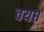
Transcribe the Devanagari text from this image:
वयप्त